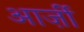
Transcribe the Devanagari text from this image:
आर्ज़ी